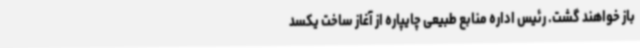
باز خواهند گشت. رئیس اداره منابع طبیعی چایپاره از آغاز ساخت یکسد